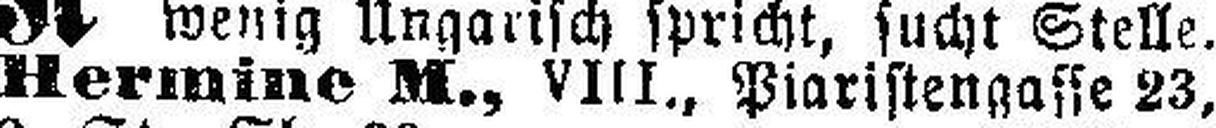
Hermine M., VIII., Piaristengasse 23,